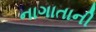
નાગાતાની